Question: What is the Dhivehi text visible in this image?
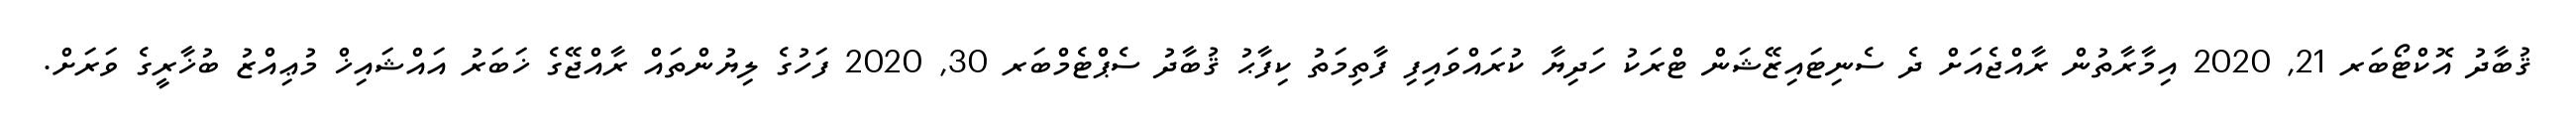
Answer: ޤުބާދު އޮކްޓޯބަރ 21, 2020 އިމާރާތުން ރާއްޖެއަށް ދެ ސެނިޓައިޒޭޝަން ޓްރަކު ހަދިޔާ ކުރައްވައިފި ފާތިމަތު ކިފާޙު ޤުބާދު ސެޕްޓެމްބަރ 30, 2020 ފަހުގެ ލިޔުންތައް ރާއްޖޭގެ ޚަބަރު އައްޝައިޚް މުޢިއްޒު ބުޚާރީގެ ވަރަށް.